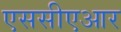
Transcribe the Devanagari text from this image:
एससीएआर